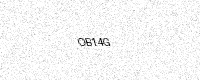
Text: OB14G